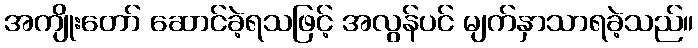
အကျိုးတော် ဆောင်ခဲ့ရသဖြင့် အလွန်ပင် မျက်နှာသာရခဲ့သည်။